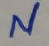
Text: N